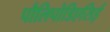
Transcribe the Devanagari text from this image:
पौलिपोडिएसिई